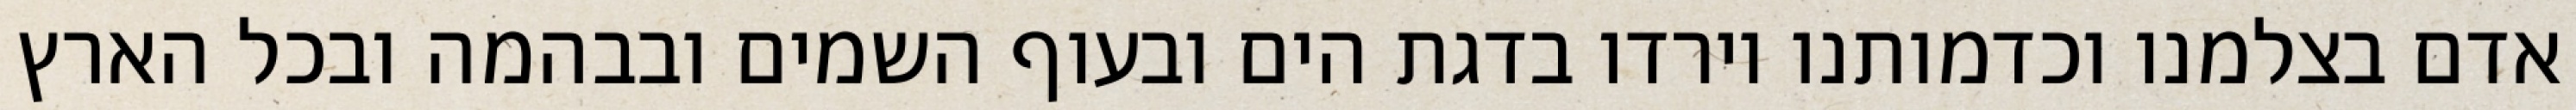
אדם בצלמנו וכדמותנו וירדו בדגת הים ובעוף השמים ובבהמה ובכל הארץ